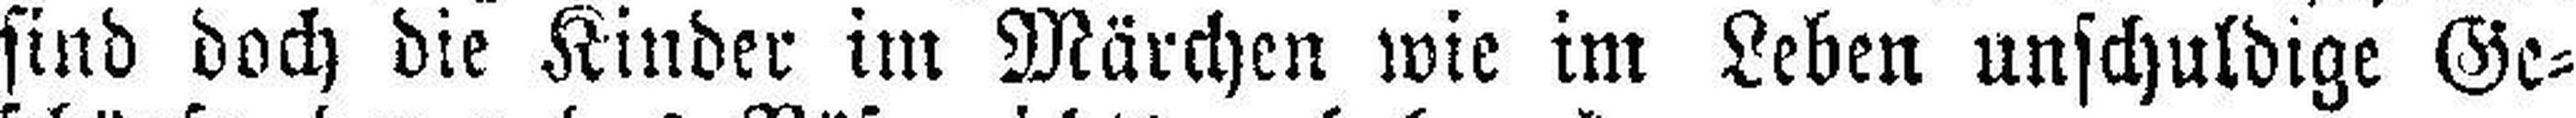
sind doch die Kinder im Märchen wie im Leben unschuldige Ge¬